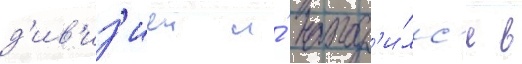
д'ив'из'иеи и́ наход'и́лс'я в